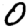
Digit: 0